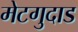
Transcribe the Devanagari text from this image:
मेटगुदाड